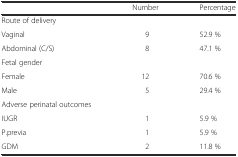
|  | Number | Percentage |
 | --- | --- | --- |
 | Route of delivery |  |  |
 | Vaginal | 9 | 52.9 % |
 | Abdominal (C/S) | 8 | 47.1 % |
 | Fetal gender |  |  |
 | Female | 12 | 70.6 % |
 | Male | 5 | 29.4 % |
 | Adverse perinatal outcomes |  |  |
 | IUGR | 1 | 5.9 % |
 | P.previa | 1 | 5.9 % |
 | GDM | 2 | 11.8 % |